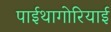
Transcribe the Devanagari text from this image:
पाईथागोरियाई